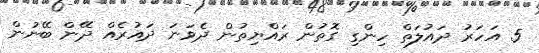
5 އަހަރު ދައުލަތް ހިންގި ގޮތުން ރައްޔިތުން ދެވަނަ ދައުރެއް ދޭން ބޭނުން